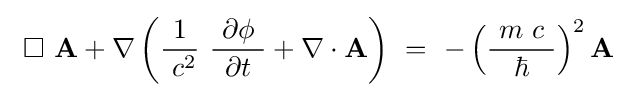
\ \Box \ \mathbf {A} +\nabla \left({\frac {1}{\ c^{2}}}\ {\frac {\ \partial \phi \ }{\partial t}}+\nabla \cdot \mathbf {A} \right)~=~-\left({\frac {\ m\ c\ }{\hbar }}\right)^{2}\mathbf {A} \